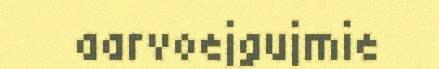
aarvoejgujmie